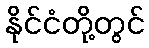
နိုင်ငံတို့တွင်